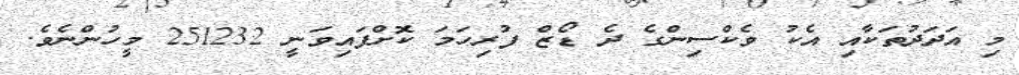
މި އަދަދުތަކާއި އެކު ވެކްސިންގެ ދެ ޑޯޒް ފުރިހަމަ ކޮށްފައިިވަނީ 251232 މީހުންނެވެ.